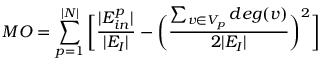
M O = \sum _ { p = 1 } ^ { | N | } \bigg [ \frac { | E _ { i n } ^ { p } | } { | E _ { I } | } - \bigg ( \frac { \sum _ { v \in V _ { p } } d e g ( v ) } { 2 | E _ { I } | } \bigg ) ^ { 2 } \bigg ]